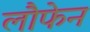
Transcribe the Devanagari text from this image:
लौफेन